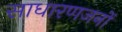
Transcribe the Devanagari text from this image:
साधारणजनों